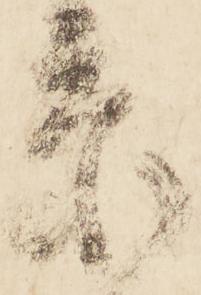
忝